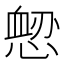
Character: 𢞤